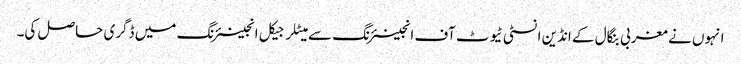
انہوں نے مغربی بنگال کے انڈین انسٹی ٹیوٹ آف انجینئرنگ سے میٹلرجیکل انجینئرنگ میں ڈگری حاصل کی۔